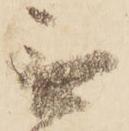
無